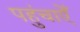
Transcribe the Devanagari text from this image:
पहुंचाऐँ